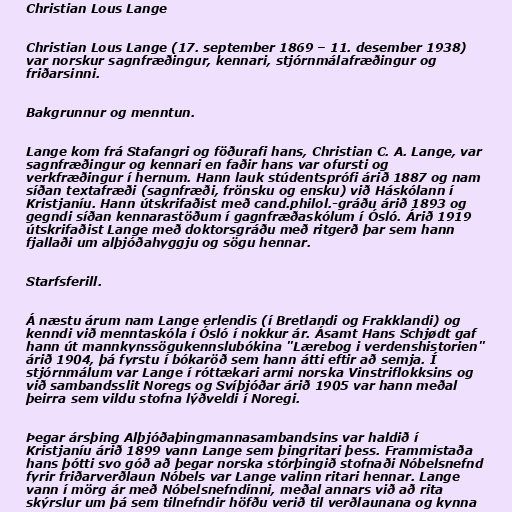
Christian Lous Lange

Christian Lous Lange (17. september 1869 – 11. desember 1938)
var norskur sagnfræðingur, kennari, stjórnmálafræðingur og
friðarsinni.

Bakgrunnur og menntun.

Lange kom frá Stafangri og föðurafi hans, Christian C. A. Lange, var
sagnfræðingur og kennari en faðir hans var ofursti og
verkfræðingur í hernum. Hann lauk stúdentsprófi árið 1887 og nam
síðan textafræði (sagnfræði, frönsku og ensku) við Háskólann í
Kristjaníu. Hann útskrifaðist með cand.philol.-gráðu árið 1893 og
gegndi síðan kennarastöðum í gagnfræðaskólum í Ósló. Árið 1919
útskrifaðist Lange með doktorsgráðu með ritgerð þar sem hann
fjallaði um alþjóðahyggju og sögu hennar.

Starfsferill.

Á næstu árum nam Lange erlendis (í Bretlandi og Frakklandi) og
kenndi við menntaskóla í Ósló í nokkur ár. Ásamt Hans Schjødt gaf
hann út mannkynssögukennslubókina "Lærebog i verdenshistorien"
árið 1904, þá fyrstu í bókaröð sem hann átti eftir að semja. Í
stjórnmálum var Lange í róttækari armi norska Vinstriflokksins og
við sambandsslit Noregs og Svíþjóðar árið 1905 var hann meðal
þeirra sem vildu stofna lýðveldi í Noregi.

Þegar ársþing Alþjóðaþingmannasambandsins var haldið í
Kristjaníu árið 1899 vann Lange sem þingritari þess. Frammistaða
hans þótti svo góð að þegar norska stórþingið stofnaði Nóbelsnefnd
fyrir friðarverðlaun Nóbels var Lange valinn ritari hennar. Lange
vann í mörg ár með Nóbelsnefndinni, meðal annars við að rita
skýrslur um þá sem tilnefndir höfðu verið til verðlaunana og kynna